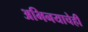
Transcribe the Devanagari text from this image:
अभिनयाचेही